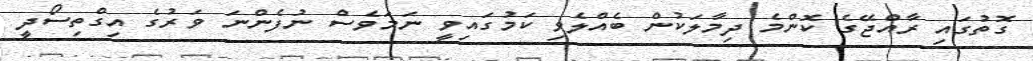
ގޮތުގައި ރާއްޖޭގެ ކޮންމެ ދިމާލަކުން ބެއްލެވި ކަމުގައިވީ ނަމަވެސް ނުފެންނަ ވަރުގެ އިގްތިސޯދީ